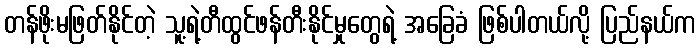
တန်ဖိုးမဖြတ်နိုင်တဲ့ သူ့ရဲ့တီထွင်ဖန်တီးနိုင်မှုတွေရဲ့ အခြေခံ ဖြစ်ပါတယ်လို့ ပြည်နယ်က